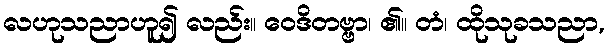
လဟုသညာဟူ၍ လည်း။ ဝေဒိတဗ္ဗာ၊ ၏။ တံ၊ ထိုသုခသညာ,